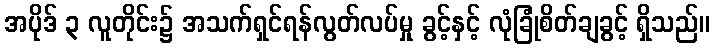
အပိုဒ် ၃ လူတိုင်း၌ အသက်ရှင်ရန်လွတ်လပ်မှု ခွင့်နှင့် လုံခြုံစိတ်ချခွင့် ရှိသည်။